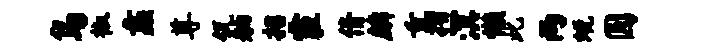
鸟椒蠡尊瓴舳招霾倩麟重摺溟懒此两蜕圆